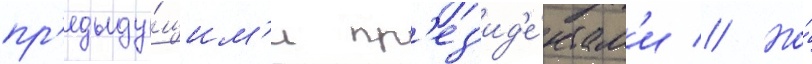
пр'едыду́щим'и пр'ез'ид'е́нтам'и // Но́